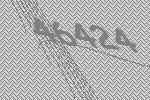
46424